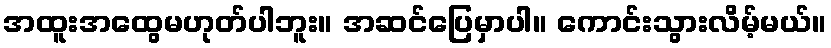
အထူးအထွေမဟုတ်ပါဘူး။ အဆင်ပြေမှာပါ။ ကောင်းသွားလိမ့်မယ်။